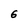
Character: 6